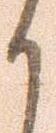
く